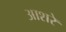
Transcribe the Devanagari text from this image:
आशरे